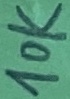
Text: 10k